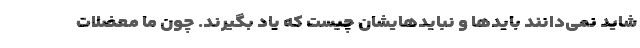
شاید نمی‌دانند بایدها و نبایدهایشان چیست که یاد بگیرند. چون ما معضلات